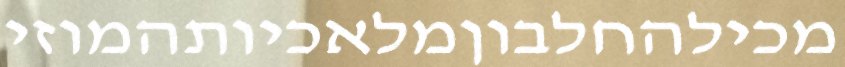
מכילהחלבוןמלאכיותהמוזי